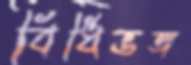
বিধিভঙ্গ